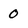
Character: 0